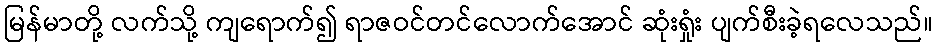
မြန်မာတို့ လက်သို့ ကျရောက်၍ ရာဇဝင်တင်လောက်အောင် ဆုံးရှုံး ပျက်စီးခဲ့ရလေသည်။